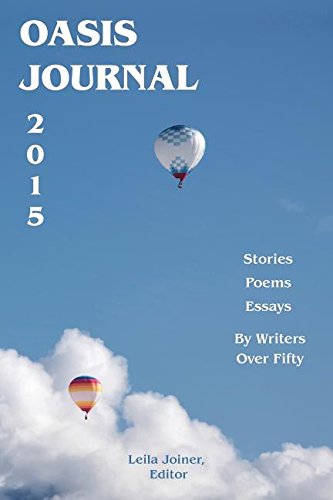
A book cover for Oasis Journal 2015; Literature & Fiction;